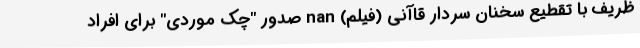
ظریف با تقطیع سخنان سردار قاآنی (فیلم) nan صدور "چک موردی" برای افراد